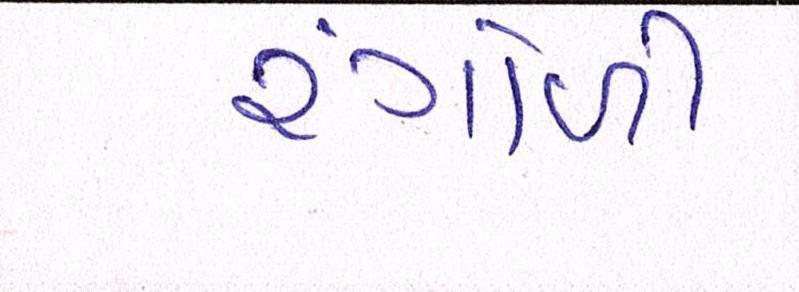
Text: રંગોળી